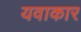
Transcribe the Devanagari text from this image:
यवाकार